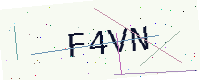
Text: F4VN